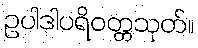
ဥပါဒါပရိဝတ္တသုတ်။